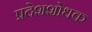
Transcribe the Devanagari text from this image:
प्रदेशशोधक